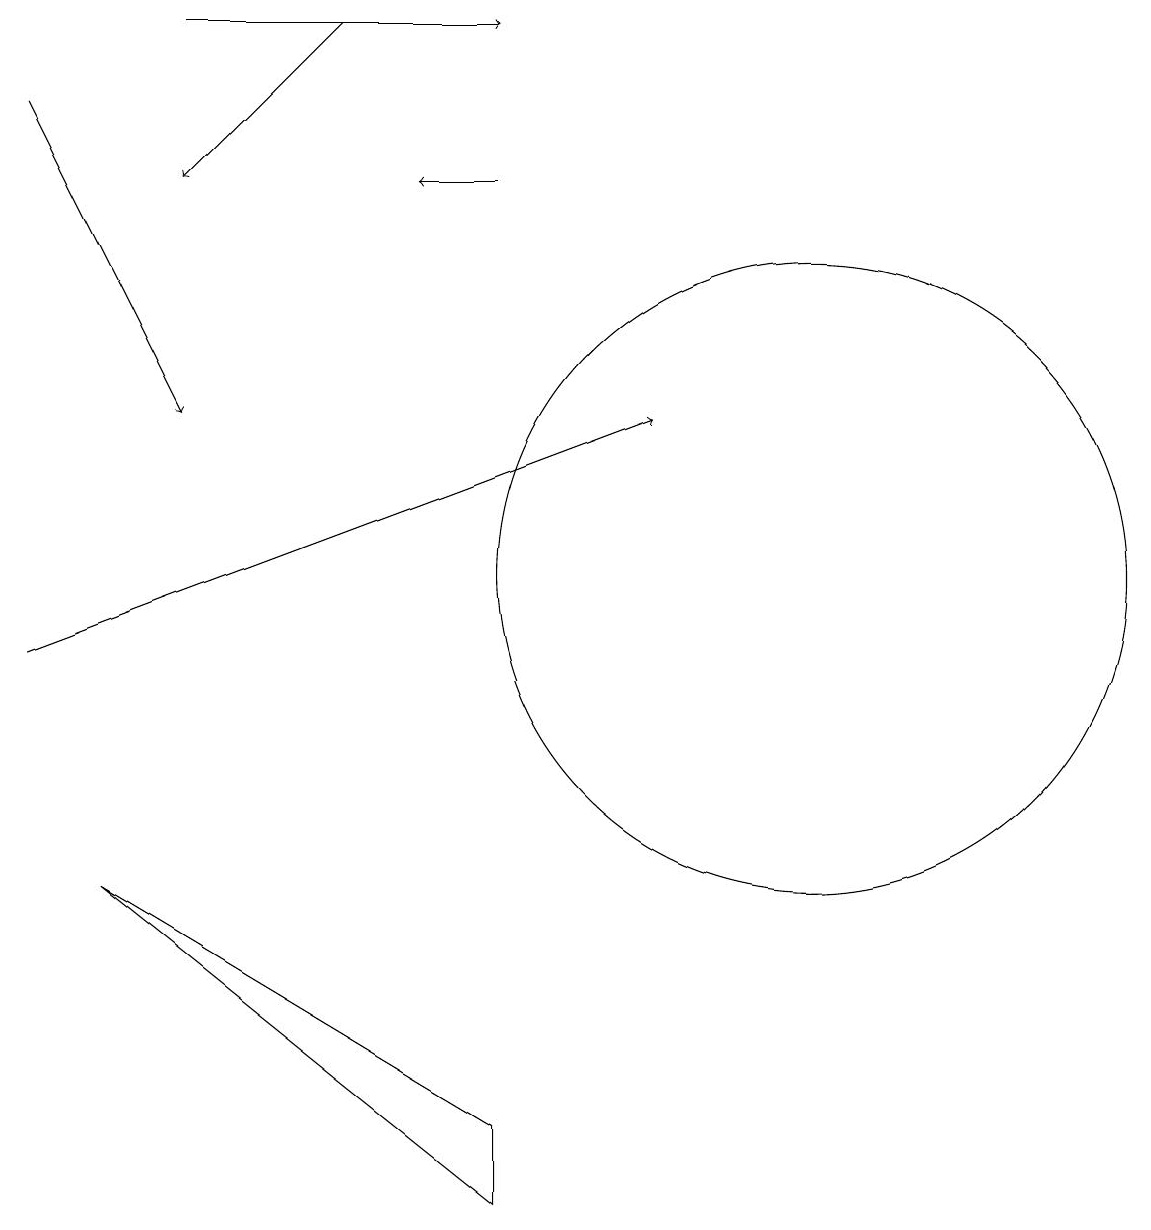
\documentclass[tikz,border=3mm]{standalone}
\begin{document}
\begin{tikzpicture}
\draw[->] (7,17) -- (6,17);
\draw (11,12) circle (4);
\draw[->] (5,19) -- (3,17);
\draw (2,8) -- (7,5) -- (7,4) -- cycle;
\draw[->] (1,18) -- (3,14);
\draw[->] (3,19) -- (7,19);
\draw[->] (1,11) -- (9,14);
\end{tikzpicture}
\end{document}